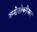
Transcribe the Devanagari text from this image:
त्रन्सेसोफगेअल